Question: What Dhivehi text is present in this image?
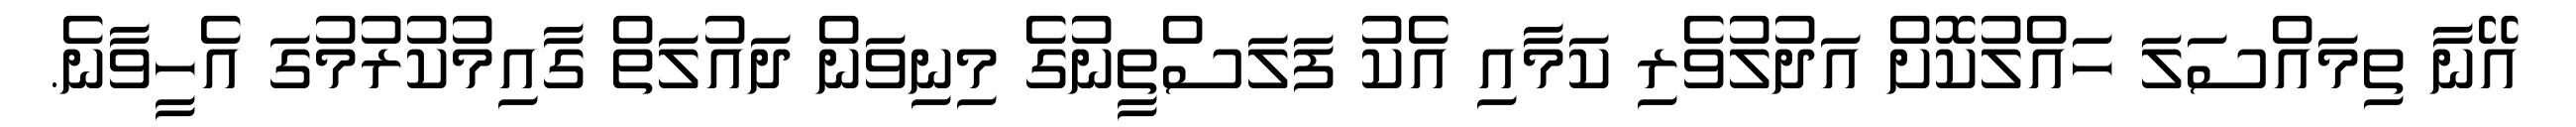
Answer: އޭނާ ތިމައްސަލަ ހައްލުކޮށް އަދުލުވެރި ކަމާއި އެކު ފަލަސްތީނުގެ މިނިވަން ދައުލަތް ގާއިމުކުރުމުގަ އެހީވާނެ.